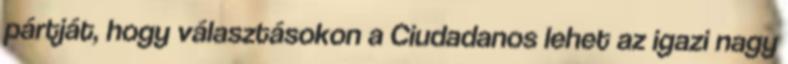
pártját, hogy választásokon a Ciudadanos lehet az igazi nagy